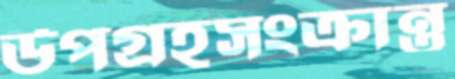
উপগ্রহসংক্রান্ত